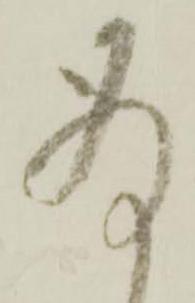
存